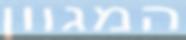
המגוון